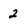
Character: 2